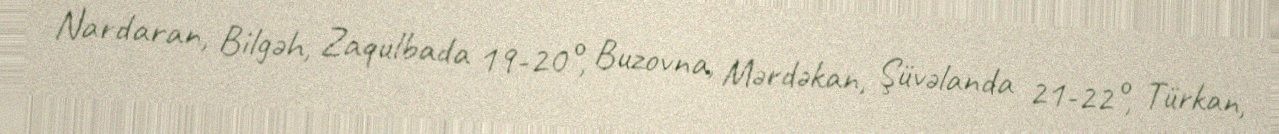
Nardaran, Bilgəh, Zaqulbada 19-20°, Buzovna, Mərdəkan, Şüvəlanda 21-22°, Türkan,